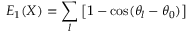
E _ { 1 } ( \boldsymbol { X } ) = \sum _ { l } \left[ 1 - \cos ( \theta _ { l } - \theta _ { 0 } ) \right]